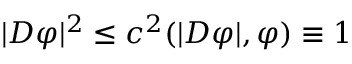
| D \varphi | ^ { 2 } \leq c ^ { 2 } ( | D \varphi | , \varphi ) \equiv 1